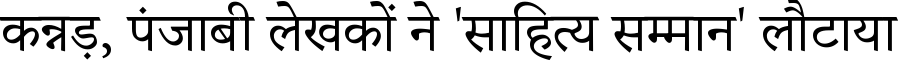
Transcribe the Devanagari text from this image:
कन्नड़, पंजाबी लेखकों ने 'साहित्य सम्मान' लौटाया